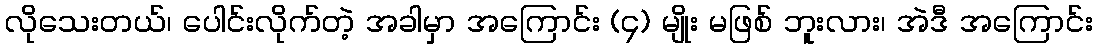
လိုသေးတယ်၊ ပေါင်းလိုက်တဲ့ အခါမှာ အကြောင်း (၄) မျိုး မဖြစ် ဘူးလား၊ အဲဒီ အကြောင်း